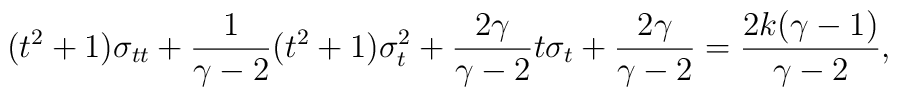
(t^2+1)\sigma_{tt}+{1\over{\gamma-2}}(t^2+1)\sigma_t^2+{{2\gamma}\over{\gamma-2}}t\sigma_t+{{2\gamma}\over{\gamma-2}}={{2k(\gamma-1)}\over{\gamma-2}},